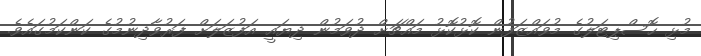
މުޅި ހޮސްޕިޓަލުގެ މުވައްޒަފުން ކޮޅުކޮޅު މައްޗަށް ދުވަމުން ދިޔައީ އަފުޒަލަށް ފަރުވާދިނުމުގެ ކަންކަމުގައެވެ.